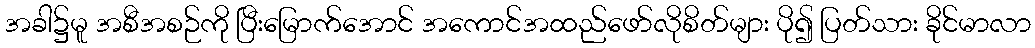
အခါ၌မူ အစီအစဉ်ကို ပြီးမြောက်အောင် အကောင်အထည်ဖော်လိုစိတ်များ ပို၍ ပြတ်သား ခိုင်မာလာ